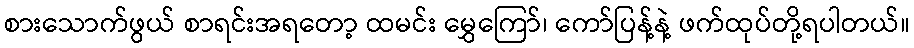
စားသောက်ဖွယ် စာရင်းအရတော့ ထမင်း မွှေကြော်၊ ကော်ပြန့်နဲ့ ဖက်ထုပ်တို့ရပါတယ်။